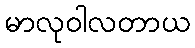
မာလုဝါလတာယ